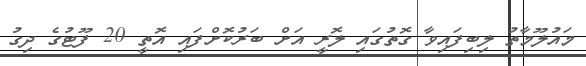
މައުލޫމާތު ލިބިފައިވާ ގޮތުގައި ލޮރީ އަށް ބަރުކޮށްފައި އޮތީ 20 ފޫޓުގެ ދިގު